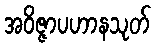
အဝိဇ္ဇာပဟာနသုတ်